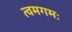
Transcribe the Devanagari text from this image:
त्वमगमः